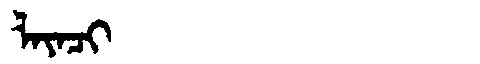
Manchu: ᠯᠠᠶᠠᠴᡳ
Romanization: LAYACI